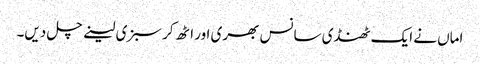
اماں نے ایک ٹھنڈی سانس بھری اور اٹھ کر سبزی لینے چل دیں۔